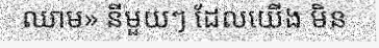
ឈាម» នីមួយៗ ដែលយើង មិន